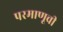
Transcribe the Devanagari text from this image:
परमाणूची